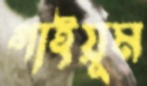
গাইয়ূম